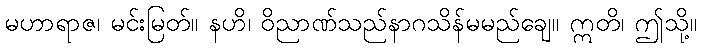
မဟာရာဇ၊ မင်းမြတ်။ နဟိ၊ ဝိညာဏ်သည်နာဂသိန်မမည်ချေ။ ဣတိ၊ ဤသို့။